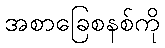
အစာခြေစနစ်ကို